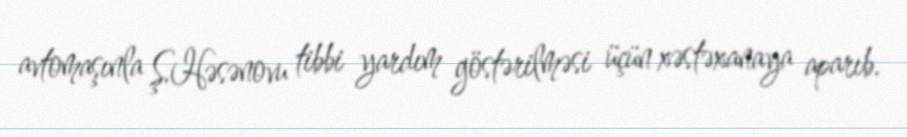
avtomaşınla Ş.Həsənovu tibbi yardım göstərilməsi üçün xəstəxanaya aparıb.